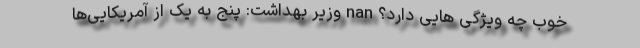
خوب چه ویژگی هایی دارد؟ nan وزیر بهداشت: پنج به یک از آمریکایی‌ها